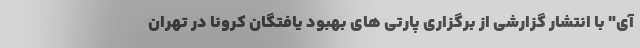
آی" با انتشار گزارشی از برگزاری پارتی های بهبود یافتگان کرونا در تهران